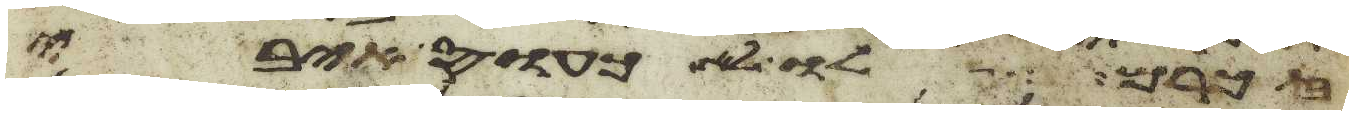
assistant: זכרם לו לא כעס איבי